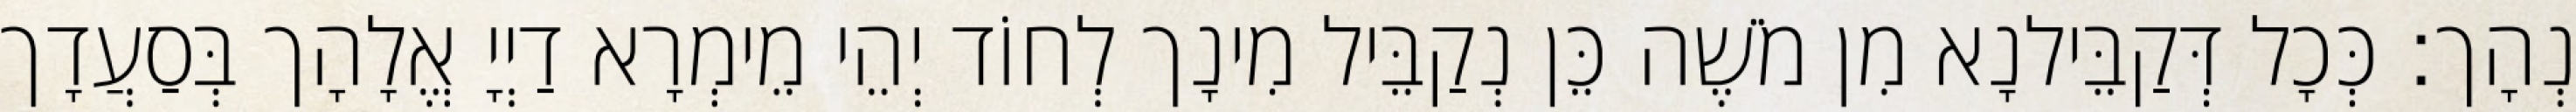
נְהָך׃ כְּכָל דְּקַבֵּילנָא מִן מֹשֶׁה כֵּן נְקַבֵּיל מִינָך לְחוֹד יְהֵי מֵימְרָא דַיְיָ אֱלָהָך בְּסַעֲדָך